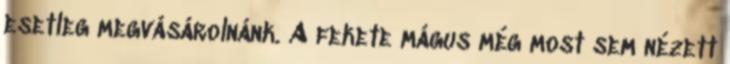
esetleg megvásárolnánk. A fekete mágus még most sem nézett